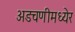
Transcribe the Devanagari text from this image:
अडचणीमध्येर